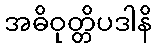
အဓိဝုတ္တိပဒါနိ